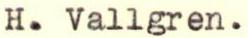
H. Vallgren.